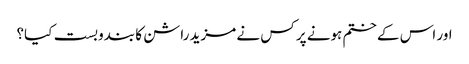
اور اس کے ختم ہونے پر کس نے مزید راشن کا بندوبست کیا؟